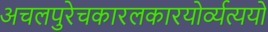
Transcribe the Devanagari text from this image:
अचलपुरेचकारलकारयोर्व्यत्ययो